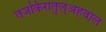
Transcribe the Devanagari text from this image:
तजकिरातुल्अहवाल